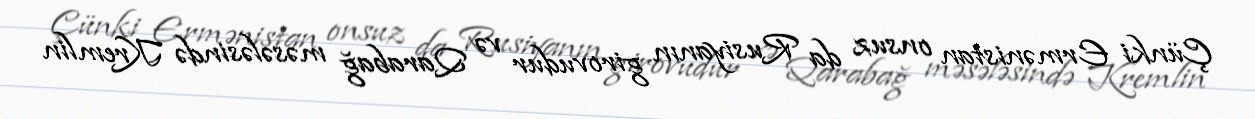
Çünki Ermənistan onsuz da Rusiyanın girovudur və Qarabağ məsələsində Kremlin